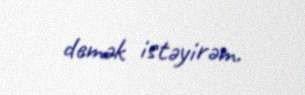
demək istəyirəm.